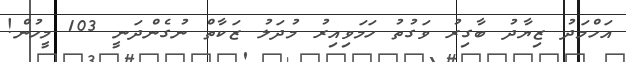
އަހްމަދު ޒިޔާދު ބާގިރު ވަގުތު ހަމަވިއިރު މުދަލު ޒަކާތް ނުގެންދަނީ 103 މީހުން!